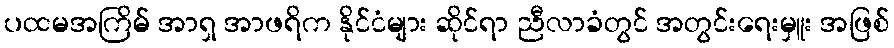
ပထမအကြိမ် အာရှ အာဖရိက နိုင်ငံများ ဆိုင်ရာ ညီလာခံတွင် အတွင်းရေးမှူး အဖြစ်